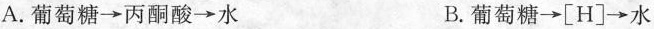
A.葡萄糖\rightarrow 丙酮酸\rightarrow 水 B.葡萄糖\rightarrow [H]\rightarrow 水